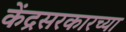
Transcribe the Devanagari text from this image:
केंद्रसरकारच्या